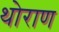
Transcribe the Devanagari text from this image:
थोराण